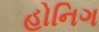
હોનિગ